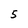
Character: 5